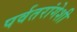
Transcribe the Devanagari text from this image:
पर्वतरांगेशी